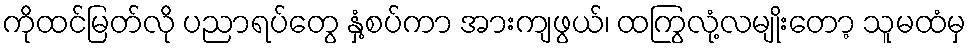
ကိုထင်မြတ်လို ပညာရပ်တွေ နှံ့စပ်ကာ အားကျဖွယ်၊ ထကြွလုံ့လမျိုးတော့ သူမထံမှ